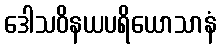
ဒေါသဝိနယပရိယောသာနံ